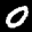
Label: 0